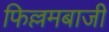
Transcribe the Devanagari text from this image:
फिल्लमबाजी